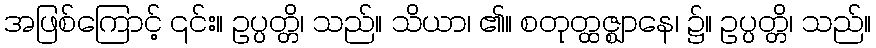
အဖြစ်ကြောင့် ၎င်း။ ဥပ္ပတ္တိ၊ သည်။ သိယာ၊ ၏။ စတုတ္ထဇ္ဈာနေ၊ ၌။ ဥပ္ပတ္တိ၊ သည်။